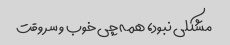
مشکلی نبود، همه چی خوب و سر وقت